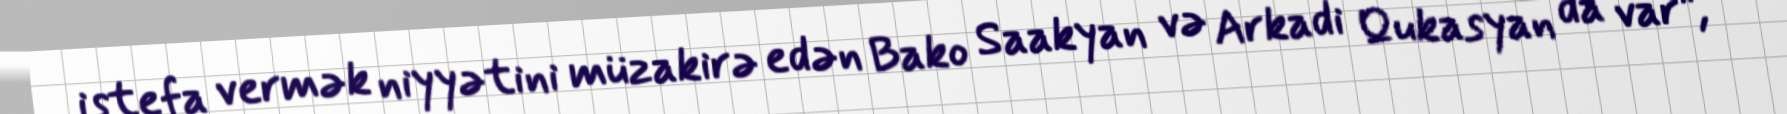
istefa vermək niyyətini müzakirə edən Bako Saakyan və Arkadi Qukasyan da var”, –